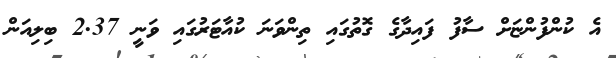
އެ ކުންފުންޏަށް ސާފު ފައިދާގެ ގޮތުގައި ތިންވަނަ ކުއާޓަރުގައި ވަނީ 2.37 ބިލިއަން